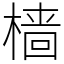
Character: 樯